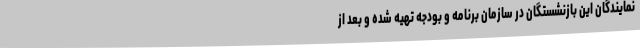
نمایندگان این بازنشستگان در سازمان برنامه و بودجه تهیه شده و بعد از